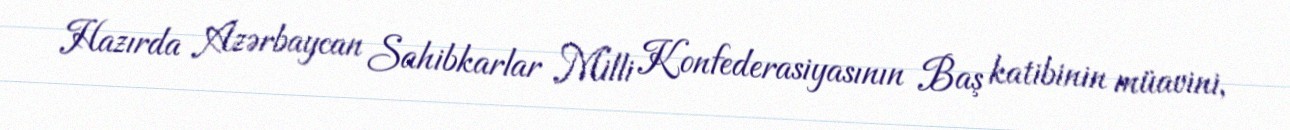
Hazırda Azərbaycan Sahibkarlar Milli Konfederasiyasının Baş katibinin müavini,